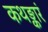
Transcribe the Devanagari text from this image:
कथङ्कारं